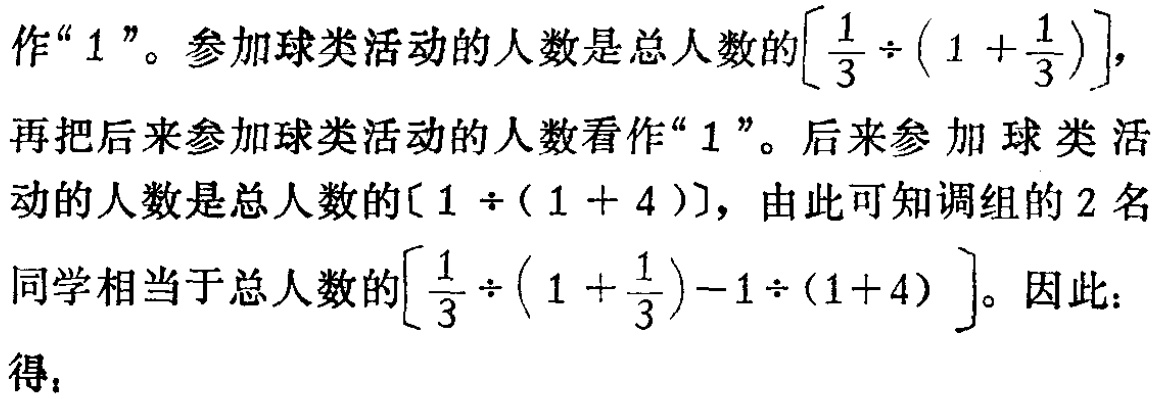
作“$1$”。参加球类活动的人数是总人数的$\left[\frac{1}{3} \div \left(1+\frac{1}{3}\right)\right]$，

再把后来参加球类活动的人数看作“$1$”。后来参加球类活动的人数是总人数的$[1\div(1 + 4)]$，由此可知调组的$2$名

同学相当于总人数的$\left[\frac{1}{3} \div \left(1+\frac{1}{3}\right)-1\div(1 + 4)\right]$。因此：

得：